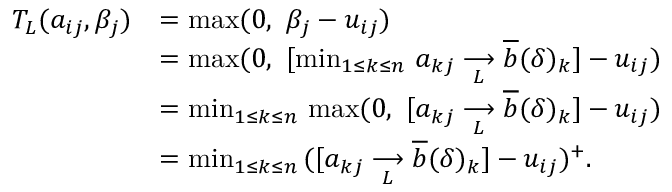
\begin{array} { r l } { T _ { L } ( a _ { i j } , \beta _ { j } ) } & { = \operatorname* { m a x } ( 0 , \, \, \beta _ { j } - u _ { i j } ) } \\ & { = \operatorname* { m a x } ( 0 , \, \, [ \operatorname* { m i n } _ { 1 \leq k \leq n } \, a _ { k j } \underset { L } { \longrightarrow } \overline { { b } } ( \delta ) _ { k } ] - u _ { i j } ) } \\ & { = \operatorname* { m i n } _ { 1 \leq k \leq n } \, \operatorname* { m a x } ( 0 , \, \, [ a _ { k j } \underset { L } { \longrightarrow } \overline { { b } } ( \delta ) _ { k } ] - u _ { i j } ) } \\ & { = \operatorname* { m i n } _ { 1 \leq k \leq n } \, ( [ a _ { k j } \underset { L } { \longrightarrow } \overline { { b } } ( \delta ) _ { k } ] - u _ { i j } ) ^ { + } . } \end{array}